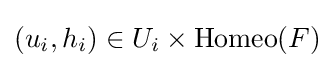
(u_{i},h_{i})\in U_{i}\times \operatorname {Homeo} (F)